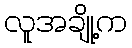
လူအချို့က